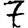
Digit: 7